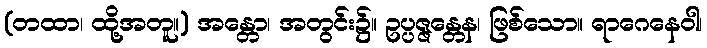
(တထာ၊ ထို့အတူ။) အန္တော၊ အတွင်း၌။ ဥပ္ပဇ္ဇန္တေန၊ ဖြစ်သော။ ရာဂေနေဝါ၊